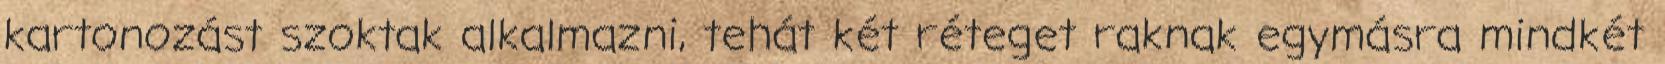
kartonozást szoktak alkalmazni, tehát két réteget raknak egymásra mindkét